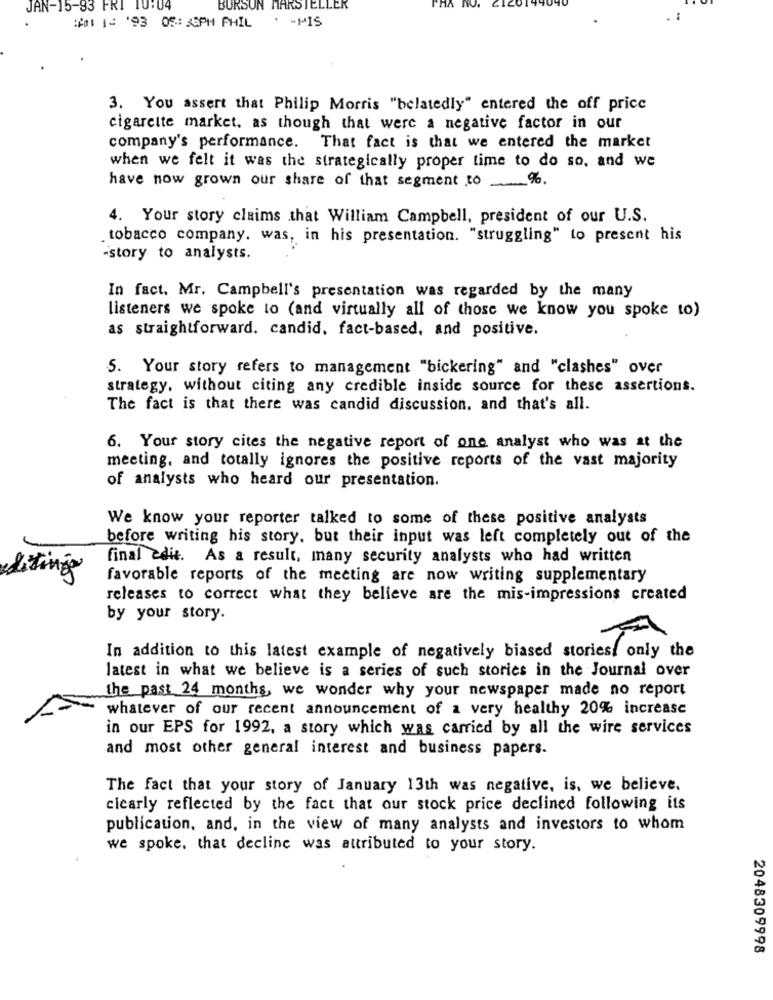
JAN-15-83 FRI 10:04
BURSUN MARSTELLER
:# 14 '93 05:PH PHIL . - MIS
3. You assert that Philip Morris "belatedly" entered the off price
cigarette market, as though that were a negative factor in our
company's performance. That fact is that we entered the market
when we felt it was the strategically proper time to do so, and we
have now grown our share of that segment to %.
4. Your story claims that William Campbell, president of our U.S.
. tobacco company. was, in his presentation. "struggling" to present his
-story to analysts.
In fact, Mr. Campbell's presentation was regarded by the many
listeners we spoke to (and virtually all of those we know you spoke to)
as straightforward. candid, fact-based, and positive.
5. Your story refers to management "bickering" and "clashes" over
strategy, without citing any credible inside source for these assertions.
The fact is that there was candid discussion. and that's all.
6. Your story cites the negative report of one analyst who was at the
meeting, and totally ignores the positive reports of the vast majority
of analysts who heard our presentation.
We know your reporter talked to some of these positive analysts
before writing his story, but their input was left completely out of the
final adit. As a result, many security analysts who had written
Listings
favorable reports of the meeting are now writing supplementary
releases to correct what they believe are the mis-impressions created
by your story.
In addition to this latest example of negatively biased storiest only the
latest in what we believe is a series of such stories in the Journal over
the past 24 months, we wonder why your newspaper made no report
whatever of our recent announcement of a very healthy 20% increase
in our EPS for 1992, a story which was carried by all the wire services
and most other general interest and business papers.
The fact that your story of January 13th was negative, is, we believe.
cicarly reflected by the fact that our stock price declined following its
publication, and, in the view of many analysts and investors to whom
we spoke. that decline was attributed to your story.
2048309998